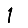
Digit: 1